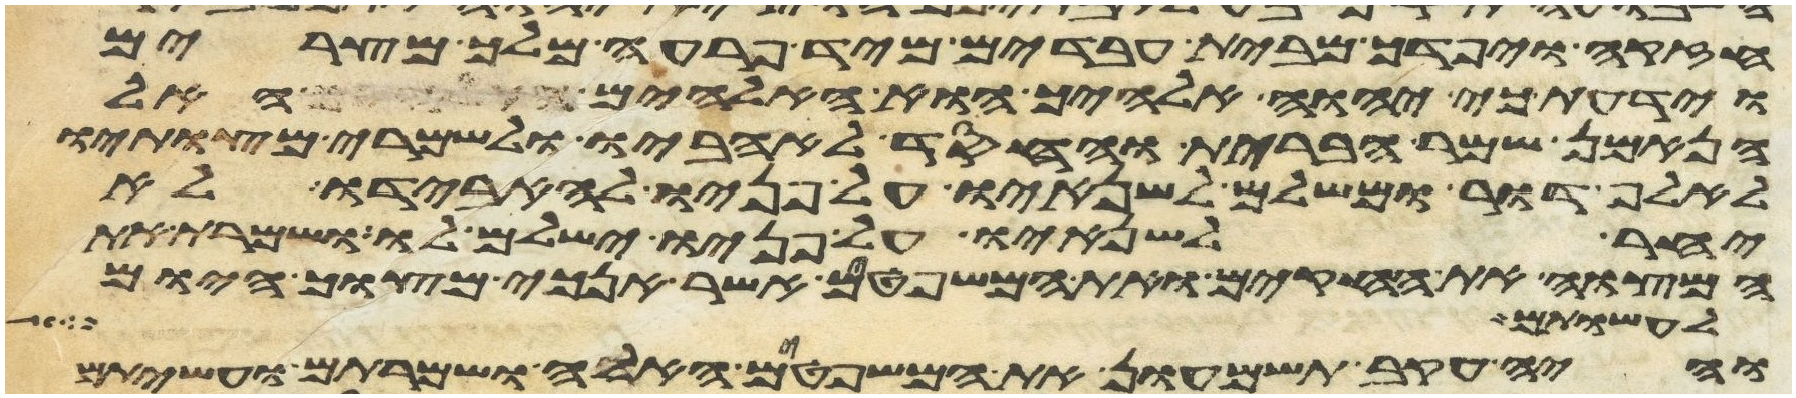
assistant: חזקה ויפדך מבית עבדים מיד פרעה מלך מצרים
וידעת כי יהוה אלהיך הוא האלהים האל
הנאמן שמר הברית והחסד לאהביו ולשמרי מצותיו
לאלף דור ומשלם לשנאיו על פניו להאבידו לא
יאחר לשנאיו על פניו ישלם לו ושמרת את
המצוה את החקים ואת המשפטים אשר אנכי מצוך היום
לעשות
והיה עקב תשמעון את המשפטים האלה ושמרתם ועשיתם